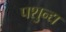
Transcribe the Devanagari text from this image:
पशुन्द्य